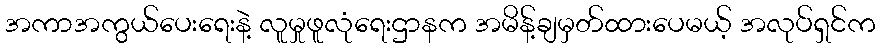
အကာအကွယ်ပေးရေးနဲ့ လူမှုဖူလုံရေးဌာနက အမိန့်ချမှတ်ထားပေမယ့် အလုပ်ရှင်က